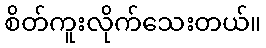
စိတ်ကူးလိုက်သေးတယ်။